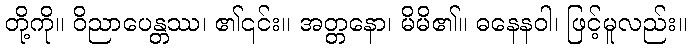
တို့ကို။ ဝိညာပေန္တဿ၊ ၏၎င်း။ အတ္တနော၊ မိမိ၏။ ဓနေနဝါ၊ ဖြင့်မူလည်း။